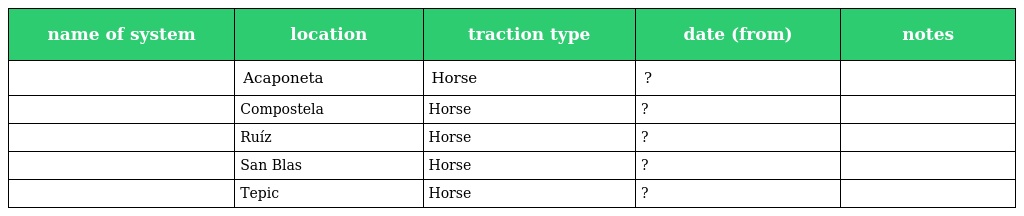
| name of system | location | traction type | date (from) | notes |
 | --- | --- | --- | --- | --- |
 |  | Acaponeta | Horse | ? |  |
 |  | Compostela | Horse | ? |  |
 |  | Ruíz | Horse | ? |  |
 |  | San Blas | Horse | ? |  |
 |  | Tepic | Horse | ? |  |